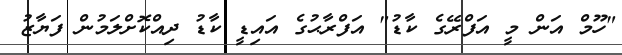
"ހޫމް އަން މީ އަފްރޭގެ ކާޑު" އަފްރާޙުގެ އައިޑީ ކާޑު ދިއްކޮށްލަމުން ފަޔާޒު